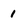
Character: 1